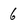
Character: 6